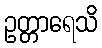
ဥတ္တာရေသိ